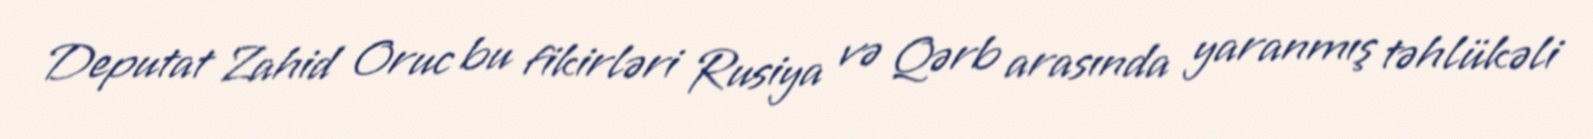
Deputat Zahid Oruc bu fikirləri Rusiya və Qərb arasında yaranmış təhlükəli